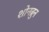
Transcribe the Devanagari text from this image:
शोनब्रुन